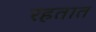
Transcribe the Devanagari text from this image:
रहतात